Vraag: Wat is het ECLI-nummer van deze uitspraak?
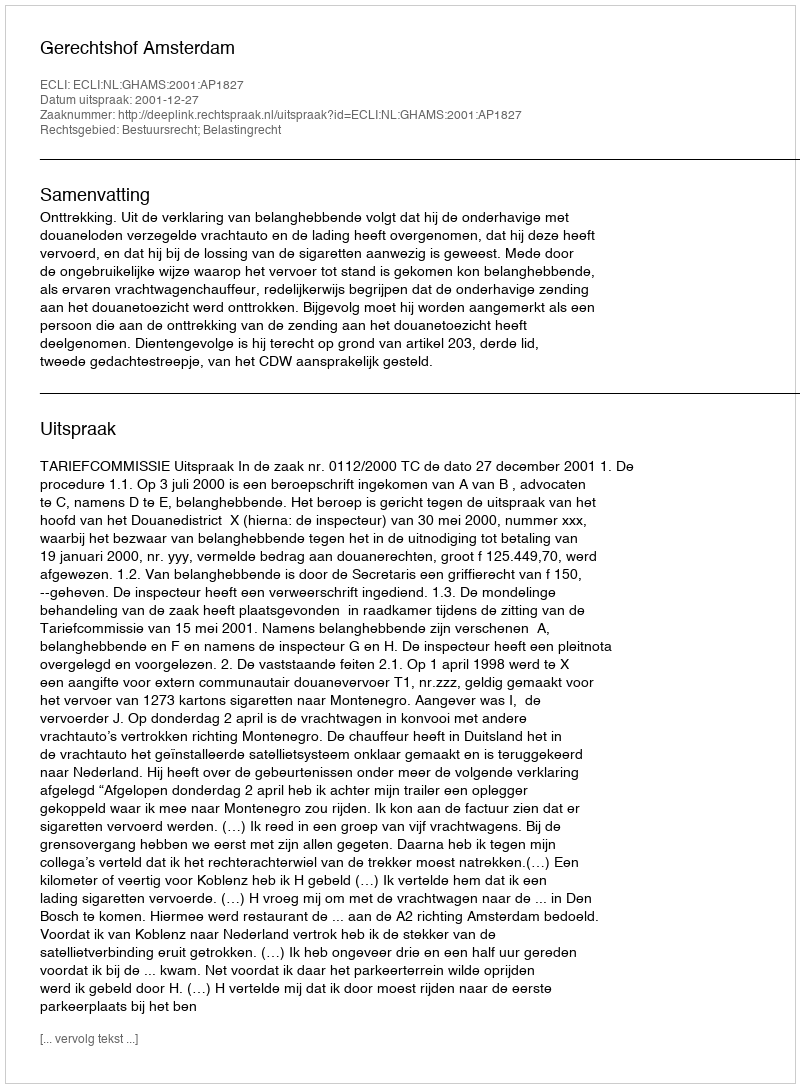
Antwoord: ECLI:NL:GHAMS:2001:AP1827